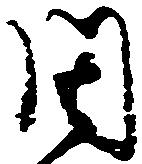
周